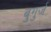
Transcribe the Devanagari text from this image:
बुगुर्ज